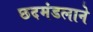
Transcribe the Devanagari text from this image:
छदमंडलाने